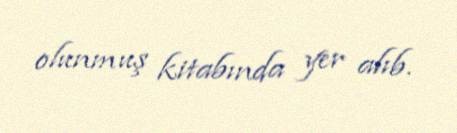
olunmuş kitabında yer alıb.